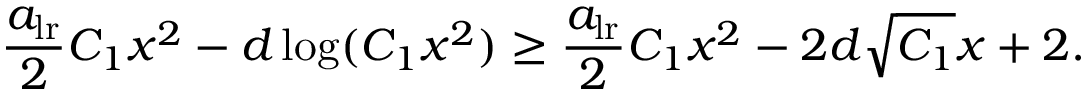
\frac { a _ { \mathrm { l r } } } { 2 } C _ { 1 } x ^ { 2 } - d \log ( C _ { 1 } x ^ { 2 } ) \geq \frac { a _ { \mathrm { l r } } } { 2 } C _ { 1 } x ^ { 2 } - 2 d \sqrt { C _ { 1 } } x + 2 .